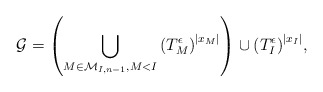
\begin{align*} {\mathcal{G}} = \left(\bigcup _{M \in \mathcal{M}_{I,n-1}, M<I} {(T_M^{\epsilon})}^{|x_M|} \right) \cup {(T_I^{\epsilon})}^{|x_I|}, \end{align*}